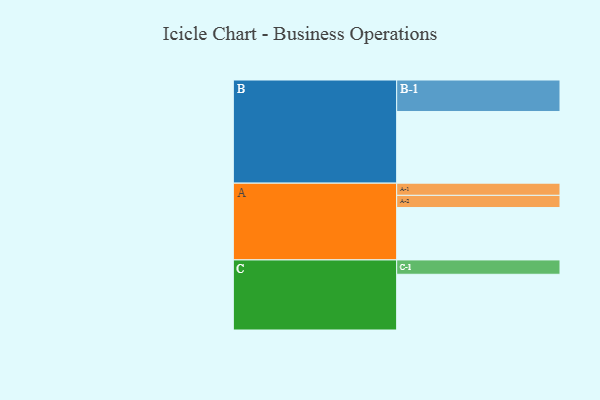
{"axis": {"x": "Segment", "y": "Value"}, "legend": ["", "A", "B", "C"], "data": [{"x": "A", "y": 391, "type": ""}, {"x": "B", "y": 535, "type": ""}, {"x": "C", "y": 416, "type": ""}, {"x": "A-1", "y": 91, "type": "A"}, {"x": "A-2", "y": 91, "type": "A"}, {"x": "B-1", "y": 235, "type": "B"}, {"x": "C-1", "y": 107, "type": "C"}]}